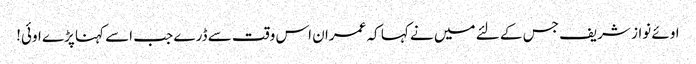
اوئے نواز شریف جس کے لئے میں نے کہا کہ عمران اس وقت سے ڈرے جب اسے کہنا پڑے اوئی!